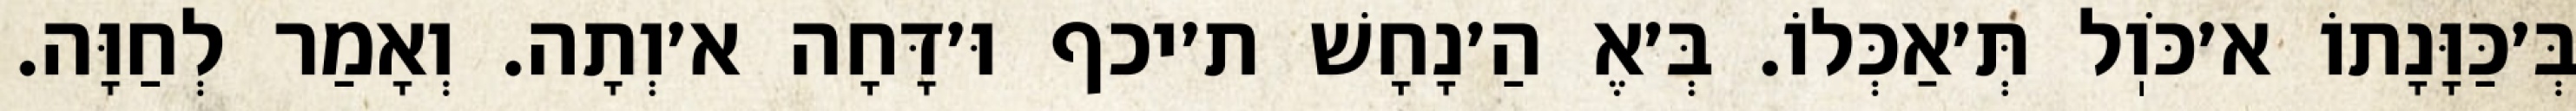
בְּ׳כַּוָּנָתוֹ א׳כֹּוֽל תְּ׳אַכְּלוֹ. בְּ׳אֶ הַ׳נָחָשׁ ת׳יכף וּ׳דָּחָה א׳וְתָה. וְאָמַר לְחַוָּה.